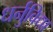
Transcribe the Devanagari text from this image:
धर्नुविद्या